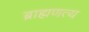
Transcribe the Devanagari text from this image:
ब्राह्मणत्य